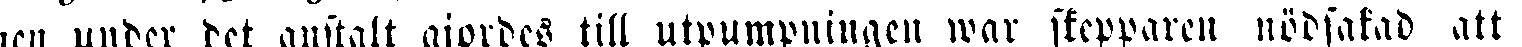
men under det anstalt gjordes till utpumpningen war skepparen nödsakad att